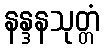
နန္ဒနသုတ္တံ